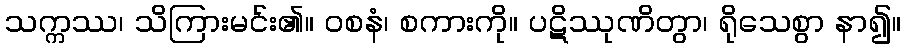
သက္ကဿ၊ သိကြားမင်း၏။ ဝစနံ၊ စကားကို။ ပဋိဿုဏိတွာ၊ ရိုသေစွာ နာ၍။